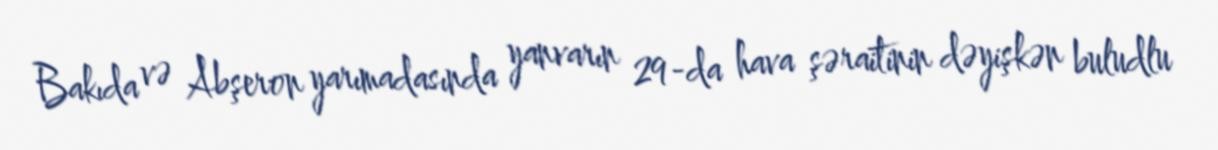
Bakıda və Abşeron yarımadasında yanvarın 29-da hava şəraitinin dəyişkən buludlu